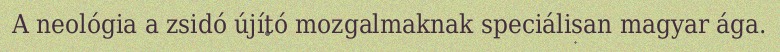
A neológia a zsidó újító mozgalmaknak speciálisan magyar ága.